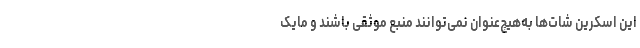
این اسکرین شات‌ها به‌هیچ‌عنوان نمی‌توانند منبع موثقی باشند و مایک